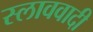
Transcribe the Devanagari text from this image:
स्लाववादी